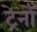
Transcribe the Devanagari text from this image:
ट्रेनोँ